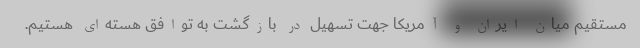
مستقیم میان ایران و آمریکا جهت تسهیل در بازگشت به توافق هسته‌ای هستیم.